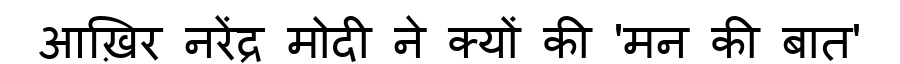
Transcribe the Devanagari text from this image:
आख़िर नरेंद्र मोदी ने क्यों की 'मन की बात'